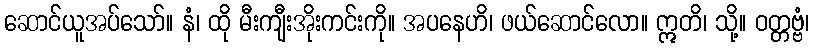
ဆောင်ယူအပ်သော်။ နံ၊ ထို မီးကျီးအိုးကင်းကို။ အပနေဟိ၊ ဖယ်ဆောင်လော။ ဣတိ၊ သို့။ ဝတ္တဗ္ဗံ၊